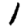
Digit: 1